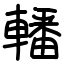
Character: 轓